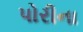
પોરીના